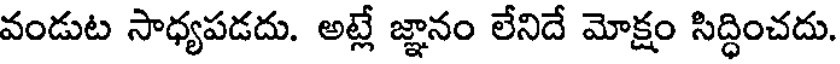
వండుట సాధ్యపడదు. అట్లే జ్ఞానం లేనిదే మోక్షం సిద్ధించదు.